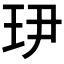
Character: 𤣹